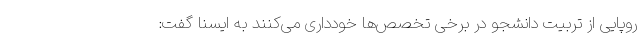
روپایی از تربیت دانشجو در برخی تخصص‌ها خودداری می‌کنند به ایسنا گفت: